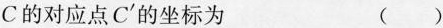
C的对应点C^{\prime}的坐标为 ()